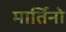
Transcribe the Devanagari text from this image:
मार्तिनो